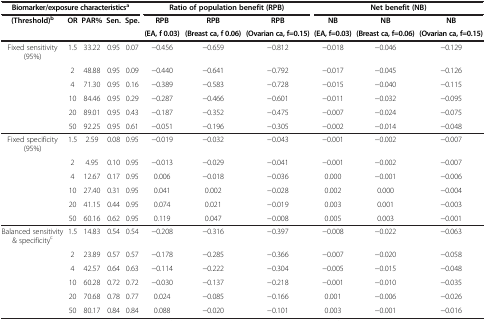
<table><thead><tr><td colspan="5"><b>Biomarker/exposure characteristics<sup>a</sup></b></td><td colspan="3"><b>Ratio of population benefit (RPB)</b></td><td colspan="3"><b>Net benefit (NB)</b></td></tr><tr><td><b>(Threshold)<sup>b</sup></b></td><td><b>OR</b></td><td><b>PAR%</b></td><td><b>Sen.</b></td><td><b>Spe.</b></td><td><b>RPB</b></td><td><b>RPB</b></td><td><b>RPB</b></td><td><b>NB</b></td><td><b>NB</b></td><td><b>NB</b></td></tr><tr><td><b> </b></td><td><b> </b></td><td><b> </b></td><td><b> </b></td><td><b> </b></td><td><b>(EA, f 0.03)</b></td><td><b>(Breast ca, f 0.06)</b></td><td><b>(Ovarian ca, f=0.15)</b></td><td><b>(EA, f=0.03)</b></td><td><b>(Breast ca, f=0.06)</b></td><td><b>(Ovarian ca, f=0.15)</b></td></tr></thead><tbody><tr><td>Fixed sensitivity (95%)</td><td>1.5</td><td>33.22</td><td>0.95</td><td>0.07</td><td>-0.456</td><td>-0.659</td><td>-0.812</td><td>-0.018</td><td>-0.046</td><td>-0.129</td></tr><tr><td> </td><td>2</td><td>48.88</td><td>0.95</td><td>0.09</td><td>-0.440</td><td>-0.641</td><td>-0.792</td><td>-0.017</td><td>-0.045</td><td>-0.126</td></tr><tr><td> </td><td>4</td><td>71.30</td><td>0.95</td><td>0.16</td><td>-0.389</td><td>-0.583</td><td>-0.728</td><td>-0.015</td><td>-0.040</td><td>-0.115</td></tr><tr><td> </td><td>10</td><td>84.46</td><td>0.95</td><td>0.29</td><td>-0.287</td><td>-0.466</td><td>-0.601</td><td>-0.011</td><td>-0.032</td><td>-0.095</td></tr><tr><td> </td><td>20</td><td>89.01</td><td>0.95</td><td>0.43</td><td>-0.187</td><td>-0.352</td><td>-0.475</td><td>-0.007</td><td>-0.024</td><td>-0.075</td></tr><tr><td> </td><td>50</td><td>92.25</td><td>0.95</td><td>0.61</td><td>-0.051</td><td>-0.196</td><td>-0.305</td><td>-0.002</td><td>-0.014</td><td>-0.048</td></tr><tr><td>Fixed specificity (95%)</td><td>1.5</td><td>2.59</td><td>0.08</td><td>0.95</td><td>-0.019</td><td>-0.032</td><td>-0.043</td><td>-0.001</td><td>-0.002</td><td>-0.007</td></tr><tr><td> </td><td>2</td><td>4.95</td><td>0.10</td><td>0.95</td><td>-0.013</td><td>-0.029</td><td>-0.041</td><td>-0.001</td><td>-0.002</td><td>-0.007</td></tr><tr><td> </td><td>4</td><td>12.67</td><td>0.17</td><td>0.95</td><td>0.006</td><td>-0.018</td><td>-0.036</td><td>0.000</td><td>-0.001</td><td>-0.006</td></tr><tr><td> </td><td>10</td><td>27.40</td><td>0.31</td><td>0.95</td><td>0.041</td><td>0.002</td><td>-0.028</td><td>0.002</td><td>0.000</td><td>-0.004</td></tr><tr><td> </td><td>20</td><td>41.15</td><td>0.44</td><td>0.95</td><td>0.074</td><td>0.021</td><td>-0.019</td><td>0.003</td><td>0.001</td><td>-0.003</td></tr><tr><td> </td><td>50</td><td>60.16</td><td>0.62</td><td>0.95</td><td>0.119</td><td>0.047</td><td>-0.008</td><td>0.005</td><td>0.003</td><td>-0.001</td></tr><tr><td>Balanced sensitivity &amp; specificity<sup>c</sup></td><td>1.5</td><td>14.83</td><td>0.54</td><td>0.54</td><td>-0.208</td><td>-0.316</td><td>-0.397</td><td>-0.008</td><td>-0.022</td><td>-0.063</td></tr><tr><td> </td><td>2</td><td>23.89</td><td>0.57</td><td>0.57</td><td>-0.178</td><td>-0.285</td><td>-0.366</td><td>-0.007</td><td>-0.020</td><td>-0.058</td></tr><tr><td> </td><td>4</td><td>42.57</td><td>0.64</td><td>0.63</td><td>-0.114</td><td>-0.222</td><td>-0.304</td><td>-0.005</td><td>-0.015</td><td>-0.048</td></tr><tr><td> </td><td>10</td><td>60.28</td><td>0.72</td><td>0.72</td><td>-0.030</td><td>-0.137</td><td>-0.218</td><td>-0.001</td><td>-0.010</td><td>-0.035</td></tr><tr><td> </td><td>20</td><td>70.68</td><td>0.78</td><td>0.77</td><td>0.024</td><td>-0.085</td><td>-0.166</td><td>0.001</td><td>-0.006</td><td>-0.026</td></tr><tr><td> </td><td>50</td><td>80.17</td><td>0.84</td><td>0.84</td><td>0.088</td><td>-0.020</td><td>-0.101</td><td>0.003</td><td>-0.001</td><td>-0.016</td></tr></tbody></table>